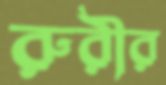
রুরীর